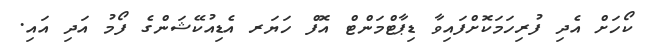
ކޯހަށް އެދި ފުރިހަމަކޮށްފައިވާ ޑިޕާޓްމަންޓް އޮފް ހަޔަރ އެޑިއުކޭޝަންގެ ފޯމު އަދި އައި.